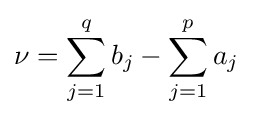
\nu =\sum _{j=1}^{q}b_{j}-\sum _{j=1}^{p}a_{j}